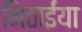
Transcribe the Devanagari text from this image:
मिठाईंया